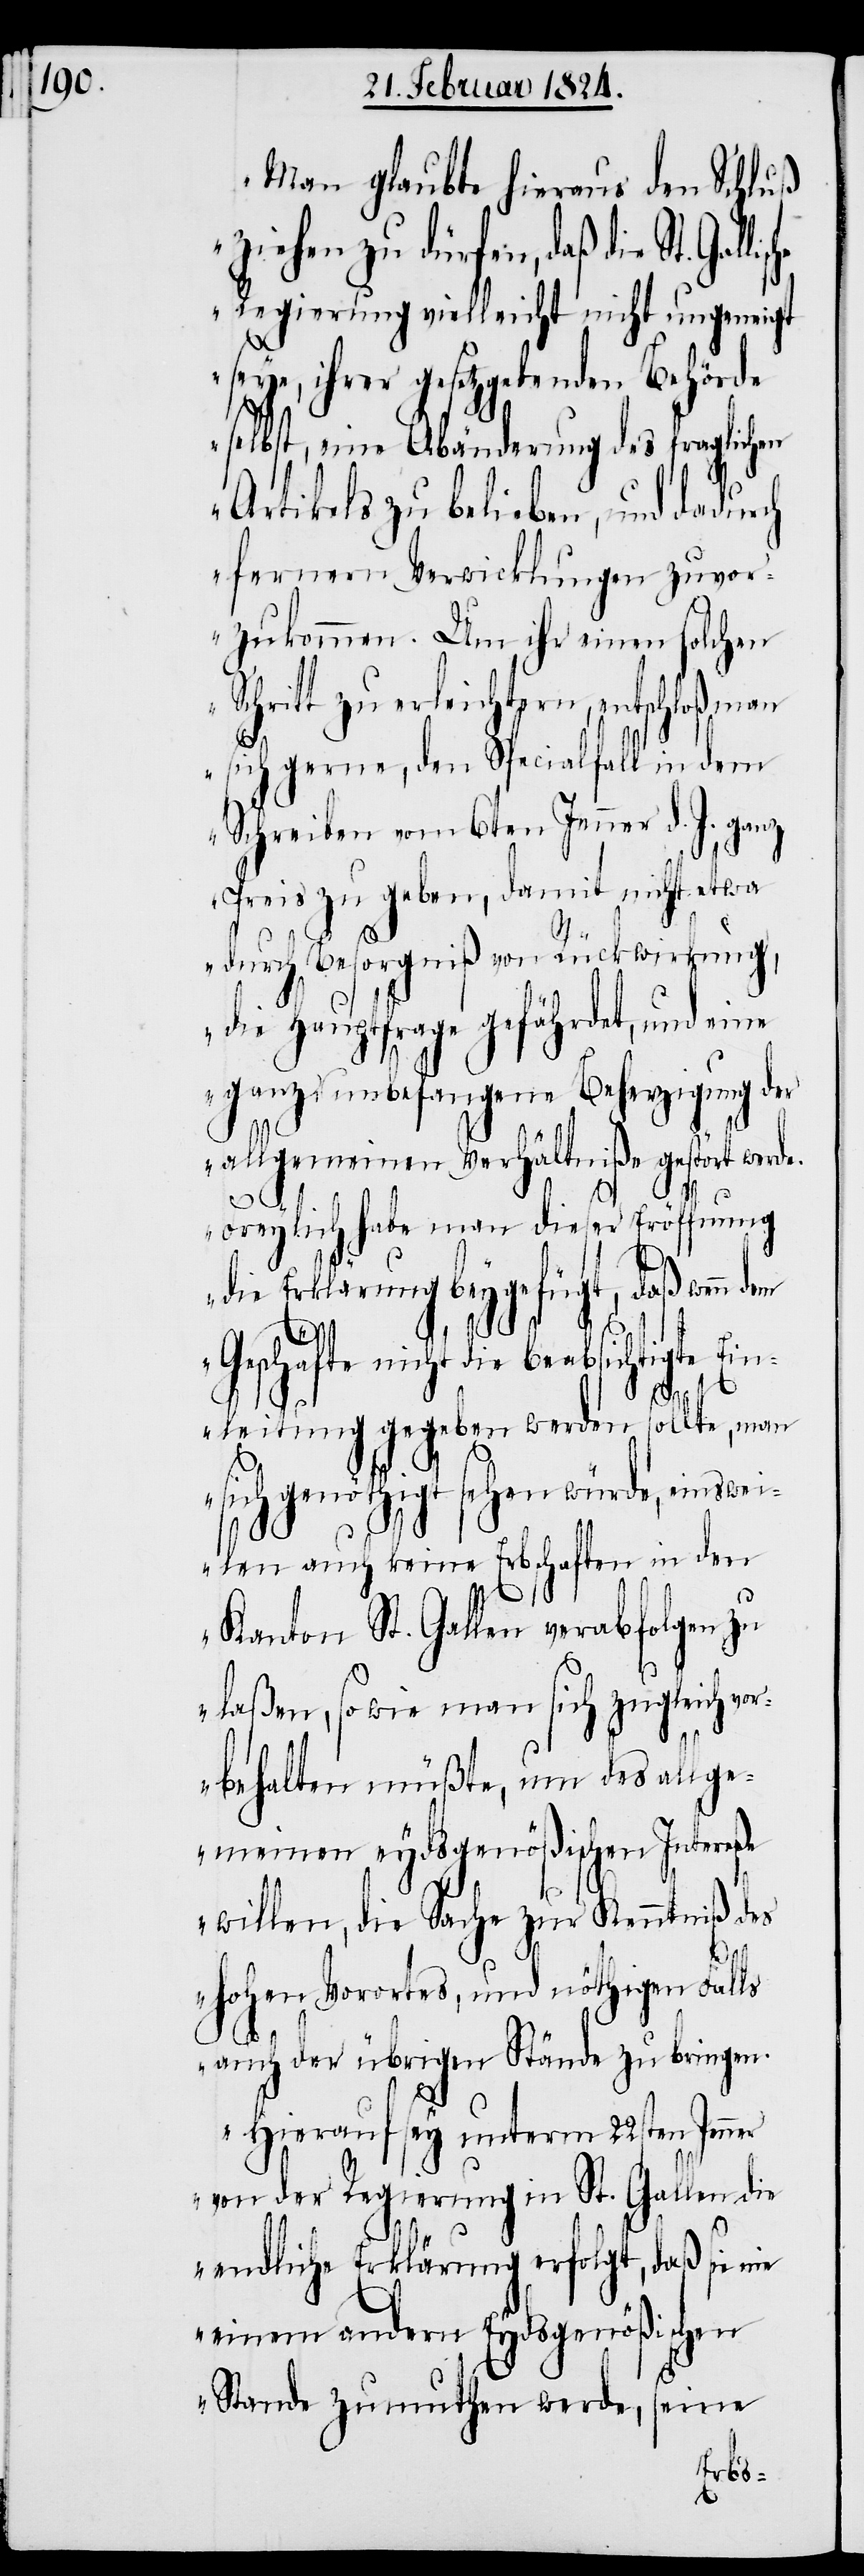
Man glaubte hieraus den Schluß
ziehen zu dürfen, daß die St.
Regierung vielleicht nicht ungeneigt
seye, ihrer gesetzgebenden Behörde
selbst, eine Abänderung des fraglichen
Artikels zu belieben, und dadurch
fernern Verwicklungen zuvor¬
zukommen. Um ihr einen solchen
Schritt zu erleichtern, entschloß man
sich gerne, den Specialfall in dem
Schreiben vom 6ten Jenner d. J. ganz
Preis zu geben, damit nicht etwa
durch Besorgniß von Rückwirkung,
die Hauptfrage gefährdet, und ei¬
ganz unbefangene Beherzigung der
allgemeinen Verhältniße gestört werd¬
e.
Freylich habe man dieser Eröffnung
die Erklärung beygefügt, daß wenn
ne
Geschäfte nicht die beabsichtigte Ein¬
leitung gegeben werden sollte, man
sich genöthigt sehen würde, einswei¬
len auch keine Erbschaften in den
Kanton St. Gallen verabfolgen zu
laßen, sowie man sich zugleich vo¬
rbehalten müßte, um des allge¬
meinen eydsgenößischen Intereße
willen, die Sache zur Kenntniß des
hohen Vorortes, und nöthigen Falls
auch der übrigen Stände zu bringen.
Hierauf sey unterm 22sten Jenner
von der Regierung in St. Gallen die
endliche Erklärung erfolgt, daß sie nie
einem andern Eydsgenößischen
Stande zumuthen werde, seine